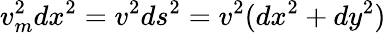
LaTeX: v_{m}^{2}dx^{2}=v^{2}ds^{2}=v^{2}(dx^{2}+dy^{2})